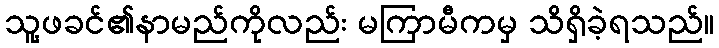
သူ့ဖခင်၏နာမည်ကိုလည်း မကြာမီကမှ သိရှိခဲ့ရသည်။